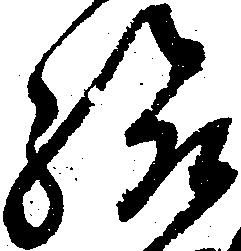
給